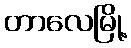
တာလေမြို့